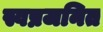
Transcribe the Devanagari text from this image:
स्वप्नजनित